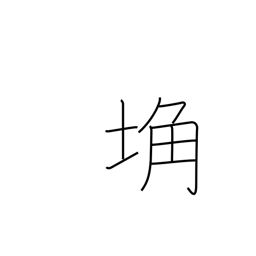
Meaning: barren land